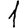
Digit: 1